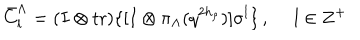
\bar { C } _ { l } ^ { \Lambda } = ( I \otimes \mathrm { t r } ) \{ [ I \otimes \pi _ { \Lambda } ( q ^ { 2 h _ { \rho } } ) ] \sigma ^ { l } \} \, , ~ ~ l \in { \bf Z } ^ { + }